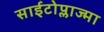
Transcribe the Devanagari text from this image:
साईटोप्लाज्मा